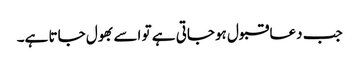
جب دعا قبول ہوجاتی ہے تو اسے بھول جاتا ہے۔